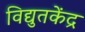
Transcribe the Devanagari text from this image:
विद्युतकेंद्र